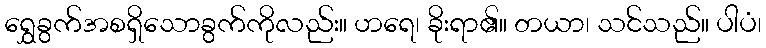
ရွှေခွက်အစရှိသောခွက်ကိုလည်း။ ဟရေ၊ ခိုးရာ၏။ တယာ၊ သင်သည်။ ပါပံ၊